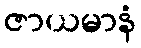
ဇာယမာနံ